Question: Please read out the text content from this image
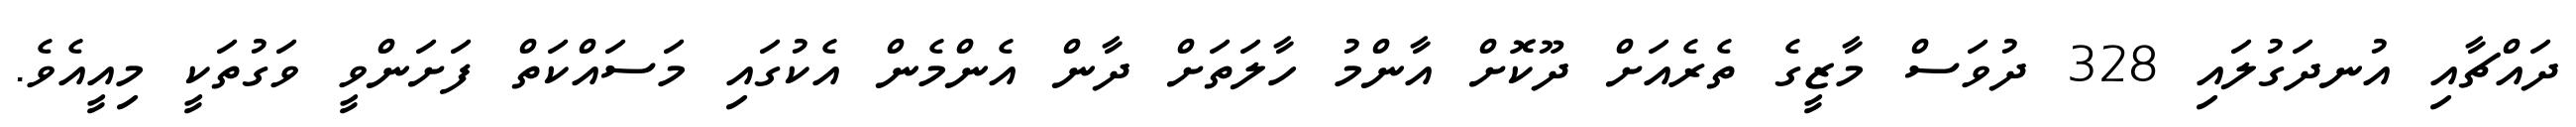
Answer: ދައްޗާއި އުނދަގުލައި 328 ދުވަސް މާޒީގެ ތެރެއަށް ދޫކޮށް އާންމު ހާލަތަށް ދާން އެންމެން އެކުގައި މަސައްކަތް ފަށަންވީ ވަގުތަކީ މިއީއެވެ.